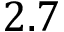
2 . 7